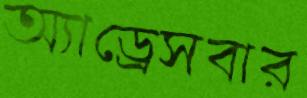
অ্যাড্রেসবার